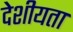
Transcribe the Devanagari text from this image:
देशीयता